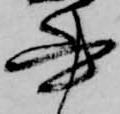
書